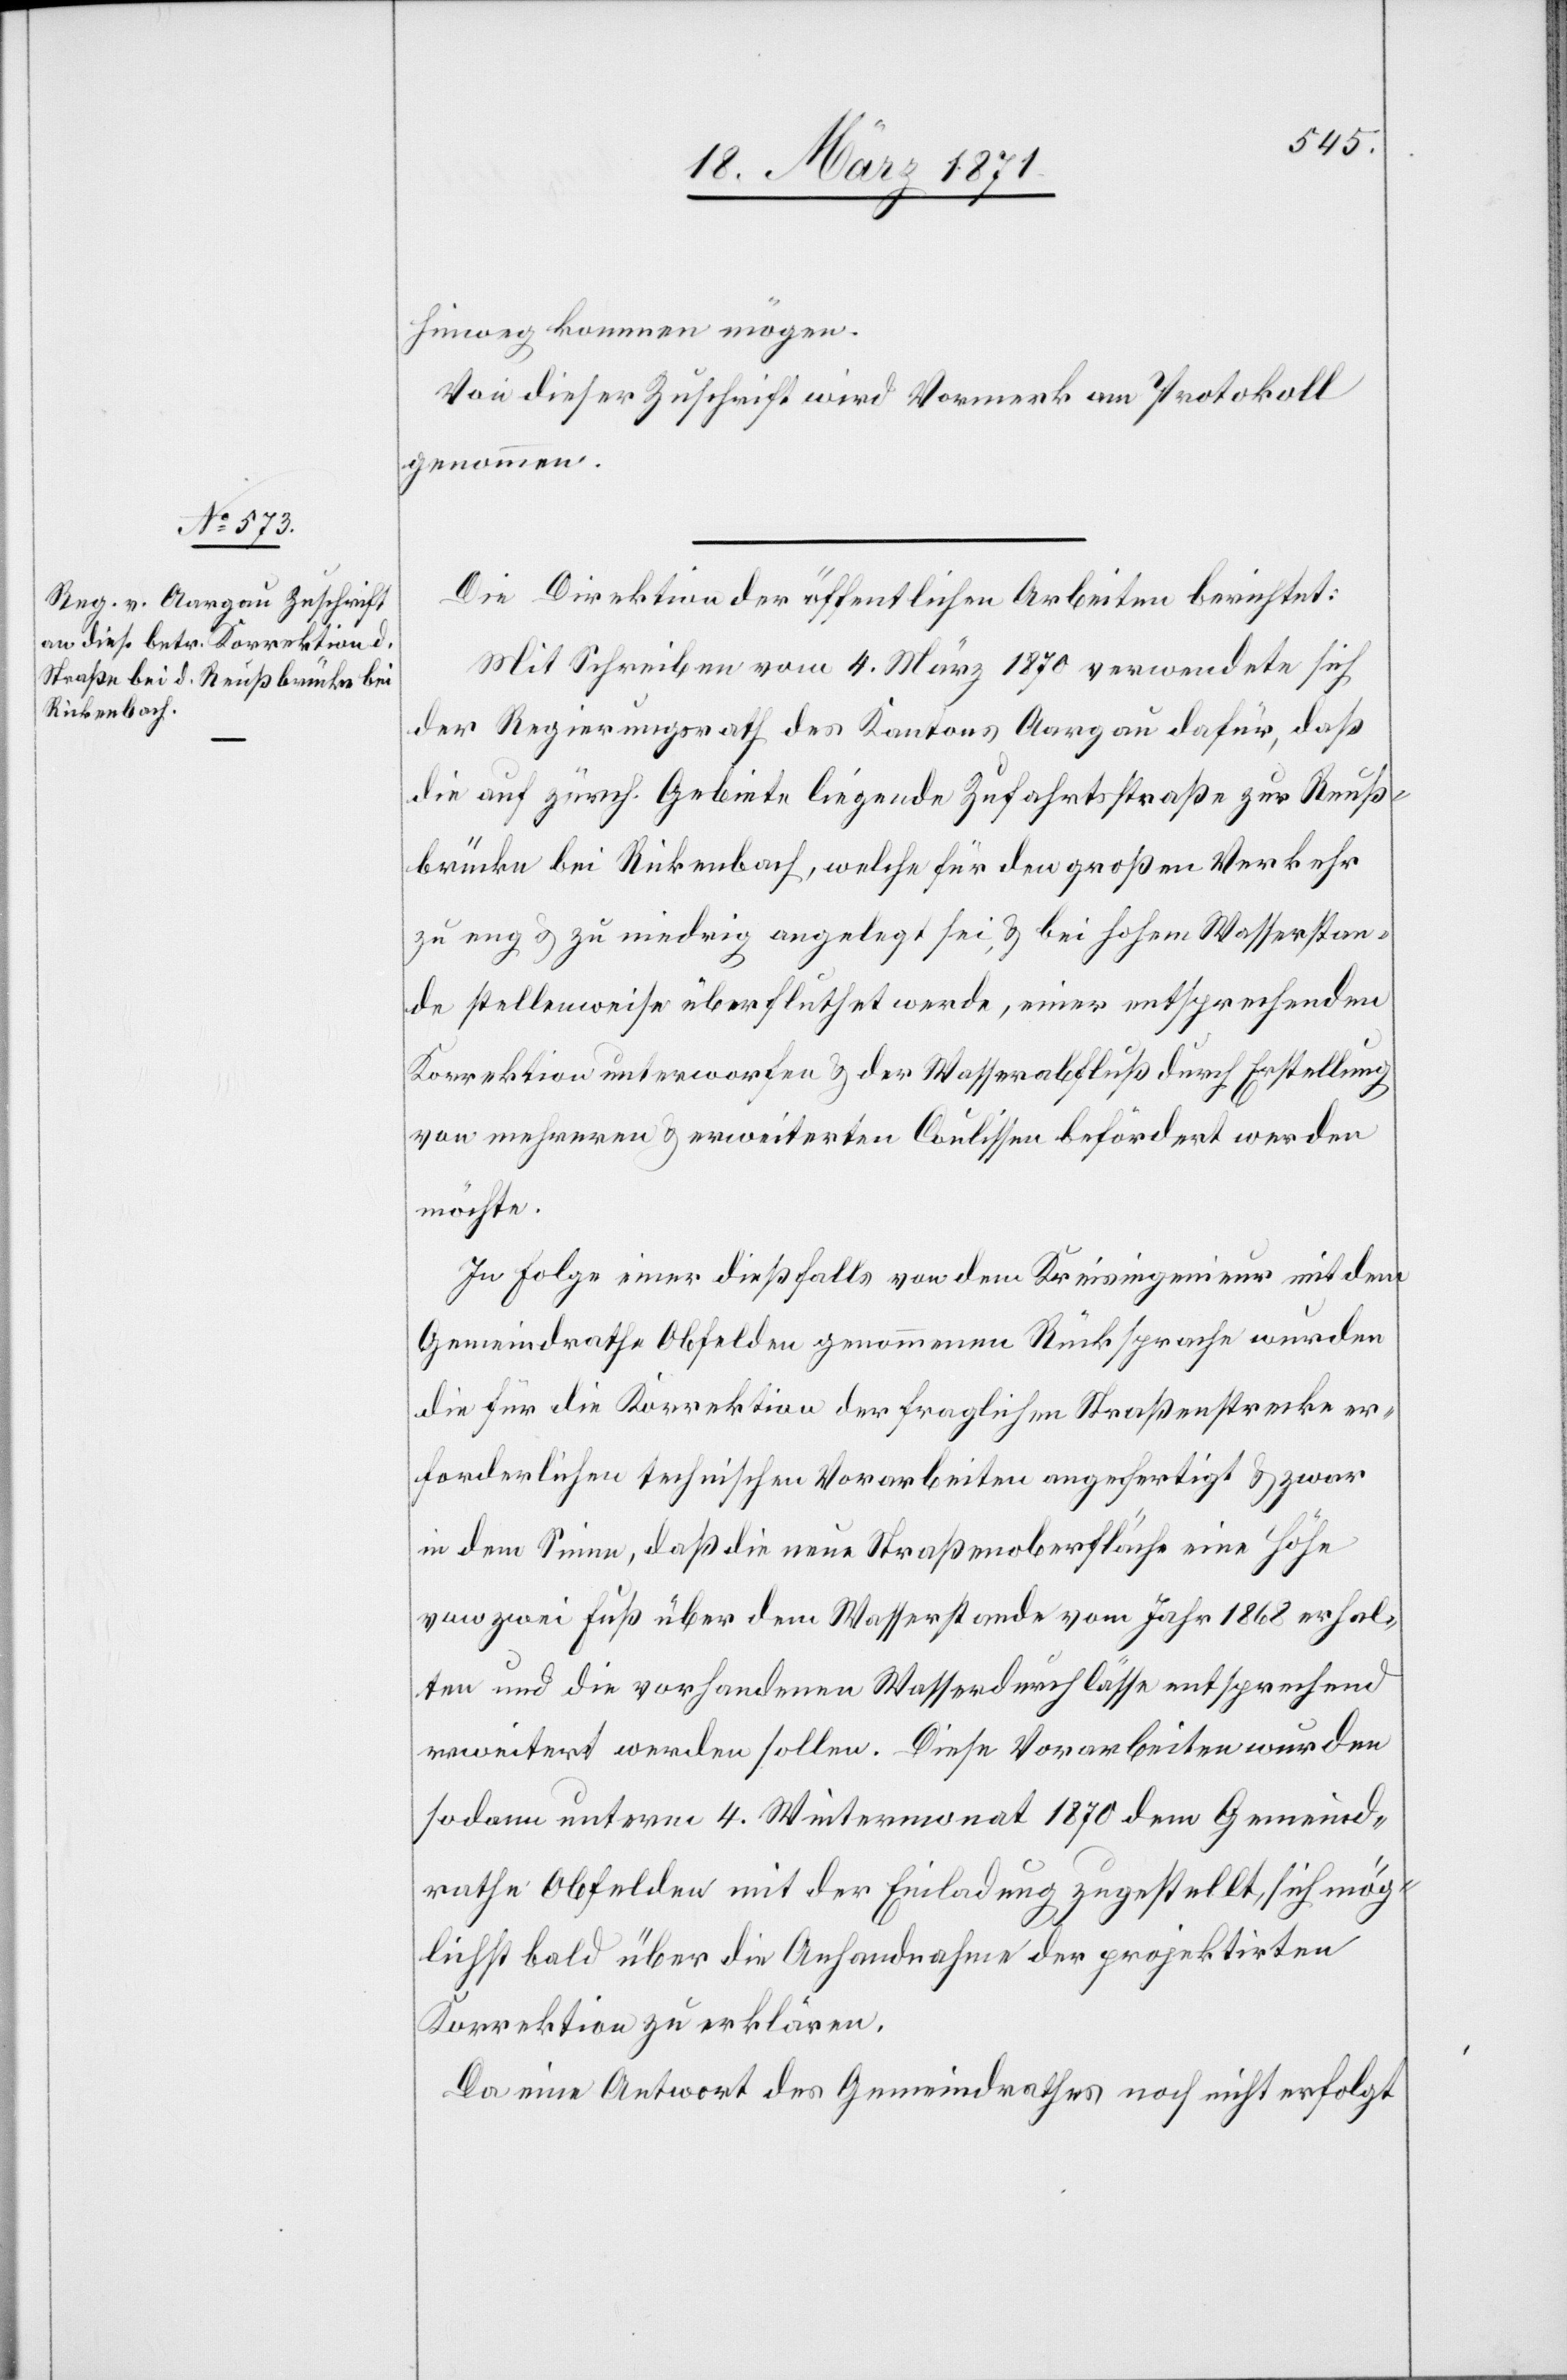
hinweg kommen mögen.
Von dieser Zuschrift wird Vormerk am Protokoll
genommen.
Die Direktion der öffentlichen Arbeiten berichtet:
Mit Schreiben vom 4. März 1870 verwendete sich
der Regierungsrath des Kantons Aargau dafür, daß
die auf zürch. Gebiet liegende Zufahrtsstraße zur Reuß¬
brücke bei Rickenbach, welche für den großen Verkehr
zu eng u. zu niedrig angelegt sei, u. bei hohem Wasserstan¬
de stellenweise überflutet werde, einer entsprechenden
Korrektion unterworfen u. der Wasserabfluß durch Erstellung
von mehreren u. erweiterten Coulissen befördert werden
möchte.
In Folge einer dießfalls von dem Kreisingenieur mit dem
Gemeindrathe Obfelden genommene Rücksprache wurden
die für die Korrektion der fraglichen Straßenstrecke er¬
forderlichen technischen Vorarbeiten angefertigt u. zwar
in dem Sinne, daß die neue Straßenoberfläche eine Höhe
von zwei Fuß über dem Wasserstande vom Jahr 1868 erhal¬
ten und die vorhandenen Wasserdurchlässe entsprechend
erweitert werden sollen. Diese Vorarbeiten wurden
sodann unterm 4. Wintermonat 1870 dem Gemeind¬
rathe Obfelden mit der Einladung zugestellt, sich mög¬
lichst bald über die Anhandnahme der projektirten
Korrektion zu erklären.
Da eine Antwort des Gemeindrathes noch nicht erfolgt